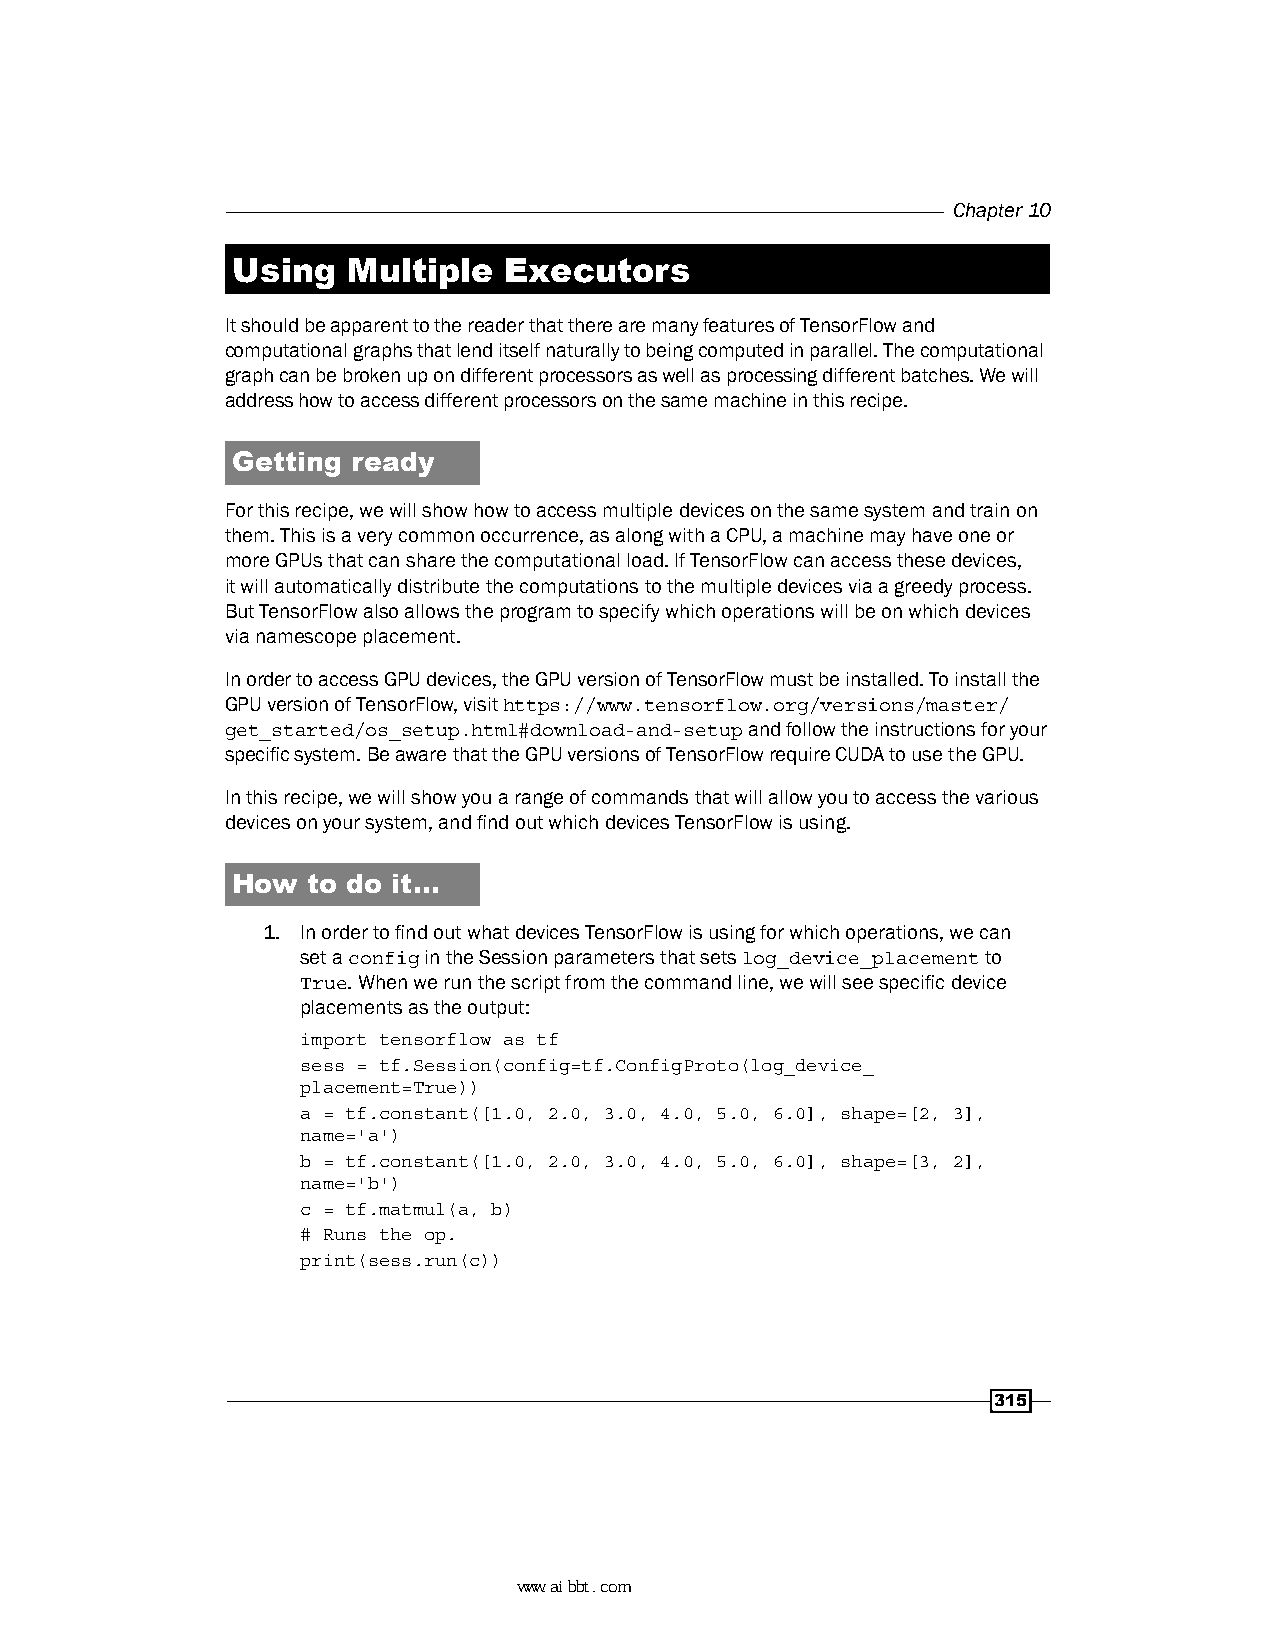
Chapter 10
 Using   Multiple  Executors
 It should be apparent to the reader that there are many features of TensorFlow and
 computational graphs that lend itself naturally to being computed in parallel. The computational
 graph can be broken up on different processors as well as processing different batches. We will
 address how to access different processors on the same machine in this recipe.
 Getting ready
 For this recipe, we will show how to access multiple devices on the same system and train on
 them. This is a very common occurrence, as along with a CPU, a machine may have one or
 more GPUs that can share the computational load. If TensorFlow can access these devices,
 it will automatically distribute the computations to the multiple devices via a greedy process.
 But TensorFlow also allows the program to specify which operations will be on which devices
 via namescope placement.
 In order to access GPU devices, the GPU version of TensorFlow must be installed. To install the
 GPU version of TensorFlow, visit https://www.tensorflow.org/versions/master/
 get_started/os_setup.html#download-and-setup and follow the instructions for your
 specific system. Be aware that the GPU versions of TensorFlow require CUDA to use the GPU.
 In this recipe, we will show you a range of commands that will allow you to access the various
 devices on your system, and find out which devices TensorFlow is using.
 How  to do it…
 1. In order to find out what devices TensorFlow is using for which operations, we can
 set a config in the Session parameters that sets log_device_placement to
 True. When we run the script from the command line, we will see specific device
 placements as the output:
 import tensorflow as tf
 sess = tf.Session(config=tf.ConfigProto(log_device_
 placement=True))
 a = tf.constant([1.0, 2.0, 3.0, 4.0, 5.0, 6.0], shape=[2, 3],
 name='a')
 b = tf.constant([1.0, 2.0, 3.0, 4.0, 5.0, 6.0], shape=[3, 2],
 name='b')
 c = tf.matmul(a, b)
 # Runs the op.
 print(sess.run(c))
 315
 www.aibbt.com 让未来触手可及